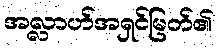
အလ္လာဟ်အရှင်မြတ်၏